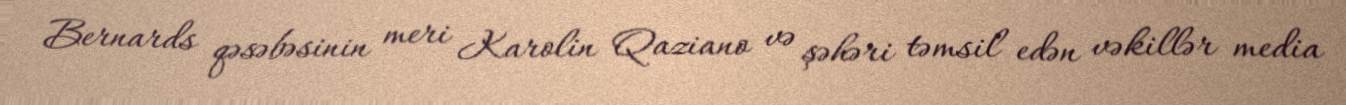
Bernards qəsəbəsinin meri Karolin Qaziano və şəhəri təmsil edən vəkillər media